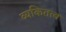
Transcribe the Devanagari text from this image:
व्यकितत्व